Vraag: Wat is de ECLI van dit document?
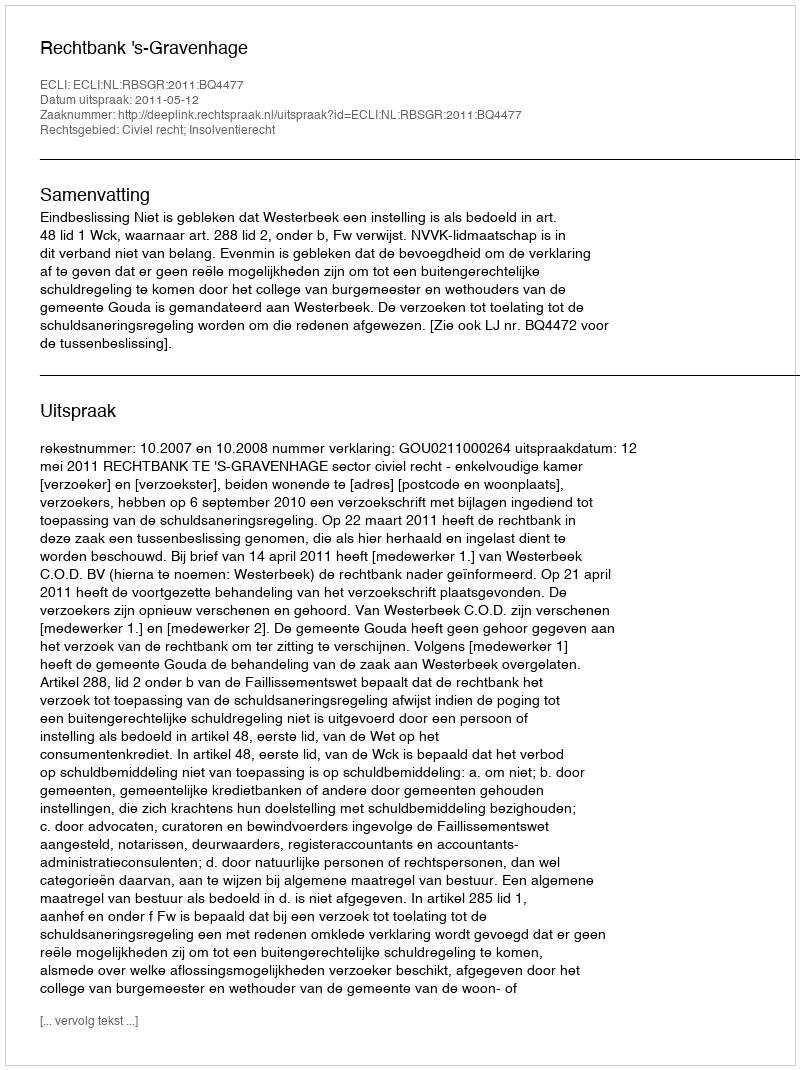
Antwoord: ECLI:NL:RBSGR:2011:BQ4477